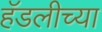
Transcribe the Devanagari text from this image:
हॅडलीच्या